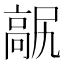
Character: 髛